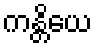
ကန္တိယေ